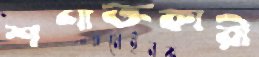
শণাক্তকারী